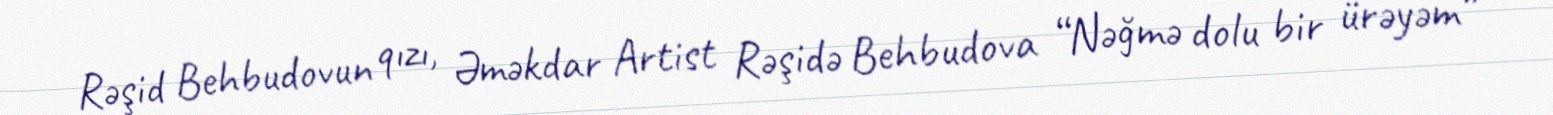
Rəşid Behbudovun qızı, Əməkdar Artist Rəşidə Behbudova “Nəğmə dolu bir ürəyəm”